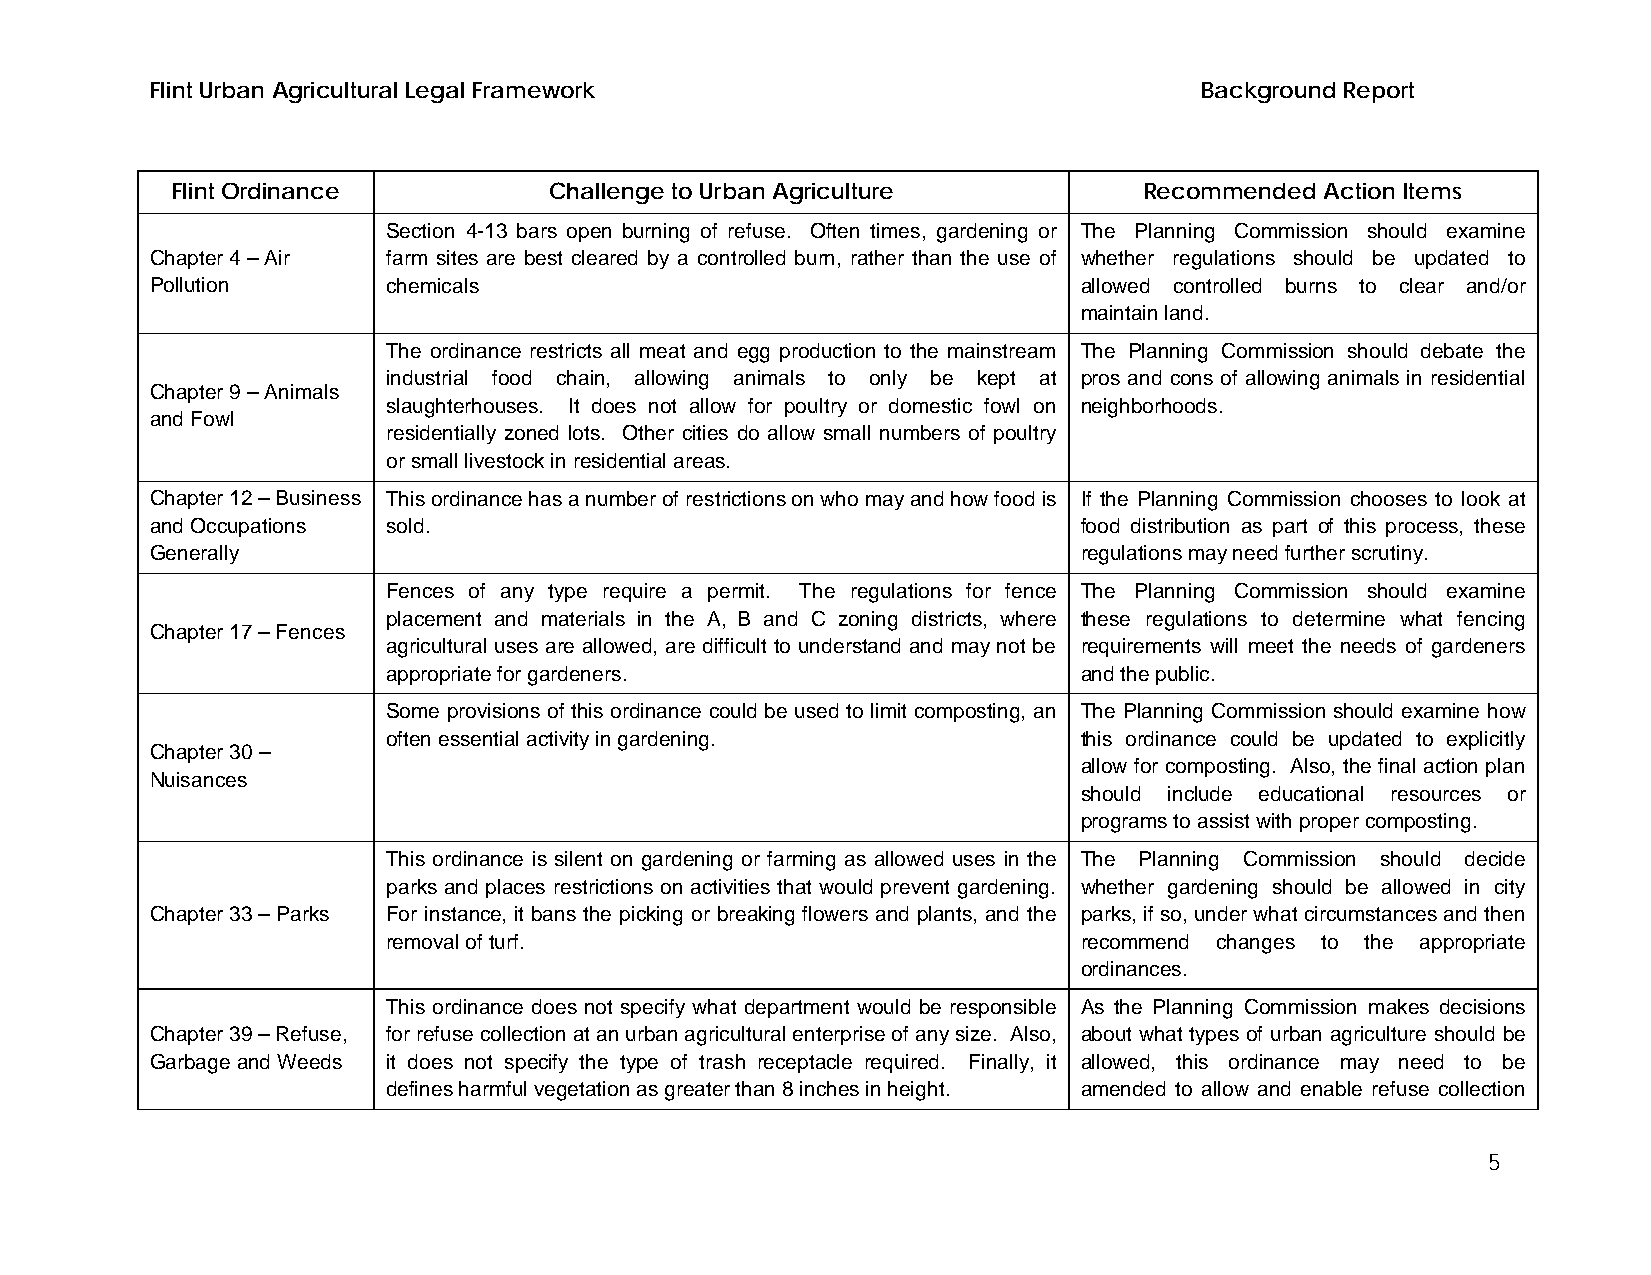
Flint Urban Agricultural Legal Framework                             Background Report
 Flint Ordinance          Challenge to Urban Agriculture          Recommended Action Items
 Section 4-13 bars open burning of refuse. Often times, gardening or The Planning Commission should examine
 Chapter 4 – Air farm sites are best cleared by a controlled burn, rather than the use of whether regulations should be updated to
 Pollution       chemicals                                     allowed controlled burns to clear and/or
 maintain land.
 The ordinance restricts all meat and egg production to the mainstream The Planning Commission should debate the
 industrial food chain, allowing animals to only be kept at pros and cons of allowing animals in residential
 Chapter 9 – Animals
 slaughterhouses. It does not allow for poultry or domestic fowl on neighborhoods.
 and Fowl
 residentially zoned lots. Other cities do allow small numbers of poultry
 or small livestock in residential areas.
 Chapter 12 – Business This ordinance has a number of restrictions on who may and how food is If the Planning Commission chooses to look at
 and Occupations sold.                                         food distribution as part of this process, these
 Generally                                                     regulations may need further scrutiny.
 Fences of any type require a permit. The regulations for fence The Planning Commission should examine
 placement and materials in the A, B and C zoning districts, where these regulations to determine what fencing
 Chapter 17 – Fences
 agricultural uses are allowed, are difficult to understand and may not be requirements will meet the needs of gardeners
 appropriate for gardeners.                    and the public.
 Some provisions of this ordinance could be used to limit composting, an The Planning Commission should examine how
 often essential activity in gardening.        this ordinance could be updated to explicitly
 Chapter 30 –
 allow for composting. Also, the final action plan
 Nuisances
 should include educational resources or
 programs to assist with proper composting.
 This ordinance is silent on gardening or farming as allowed uses in the The Planning Commission should decide
 parks and places restrictions on activities that would prevent gardening. whether gardening should be allowed in city
 Chapter 33 – Parks For instance, it bans the picking or breaking flowers and plants, and the parks, if so, under what circumstances and then
 removal of turf.                              recommend changes to the appropriate
 ordinances.
 This ordinance does not specify what department would be responsible As the Planning Commission makes decisions
 Chapter 39 – Refuse, for refuse collection at an urban agricultural enterprise of any size. Also, about what types of urban agriculture should be
 Garbage and Weeds it does not specify the type of trash receptacle required. Finally, it allowed, this ordinance may need to be
 defines harmful vegetation as greater than 8 inches in height. amended to allow and enable refuse collection
 5